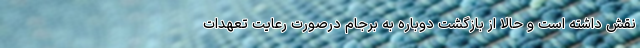
نقش داشته است و حالا از بازگشت دوباره به برجام درصورت رعایت تعهدات